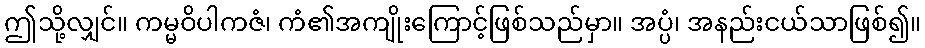
ဤသို့လျှင်။ ကမ္မဝိပါကဇံ၊ ကံ၏အကျိုးကြောင့်ဖြစ်သည်မှာ။ အပ္ပံ၊ အနည်းငယ်သာဖြစ်၍။